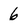
Character: 6